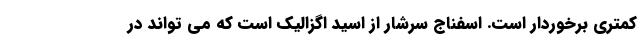
کمتری برخوردار است. اسفناج سرشار از اسید اگزالیک است که می تواند در